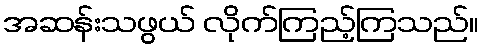
အဆန်းသဖွယ် လိုက်ကြည့်ကြသည်။